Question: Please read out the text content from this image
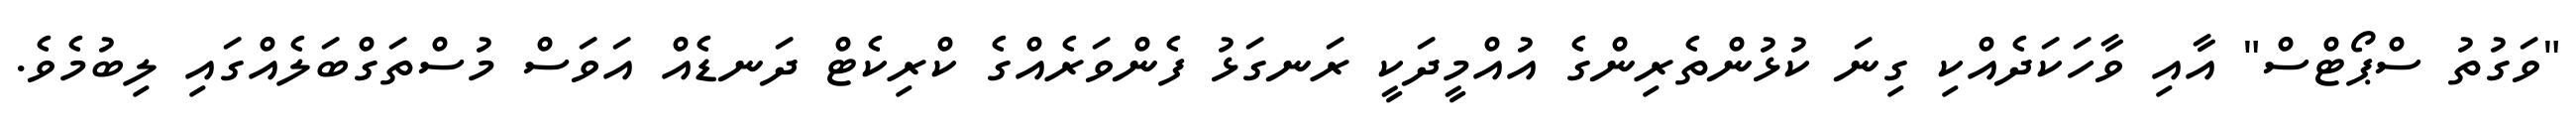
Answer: "ވަގުތު ސްޕޯޓްސް" އާއި ވާހަކަދެއްކި ގިނަ ކުޅުންތެރިންގެ އުއްމީދަކީ ރަނގަޅު ފެންވަރެއްގެ ކްރިކެޓް ދަނޑެއް އަވަސް މުސްތަގްބަލެއްގައި ލިބުމެވެ.